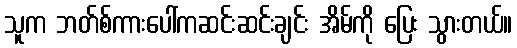
သူက ဘတ်စ်ကားပေါ်ကဆင်းဆင်းချင်း အိမ်ကို ပြေး သွားတယ်။